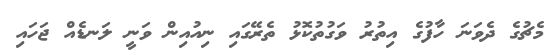
މެޗުގެ ދެވަނަ ހާފުގެ އިތުރު ވަގުތުކޮޅު ތެރޭގައި ނިއުއިން ވަނީ ލަނޑެއް ޖަހައި